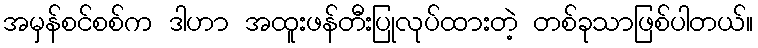
အမှန်စင်စစ်က ဒါဟာ အထူးဖန်တီးပြုလုပ်ထားတဲ့ တစ်ခုသာဖြစ်ပါတယ်။